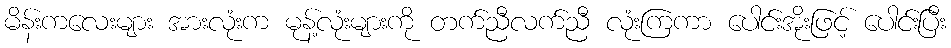
မိန်းကလေးများ အားလုံးက မုန့်လုံးများကို တက်ညီလက်ညီ လုံးကြကာ ပေါင်းအိုးဖြင့် ပေါင်းပြီး